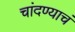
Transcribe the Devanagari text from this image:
चांदण्याचं